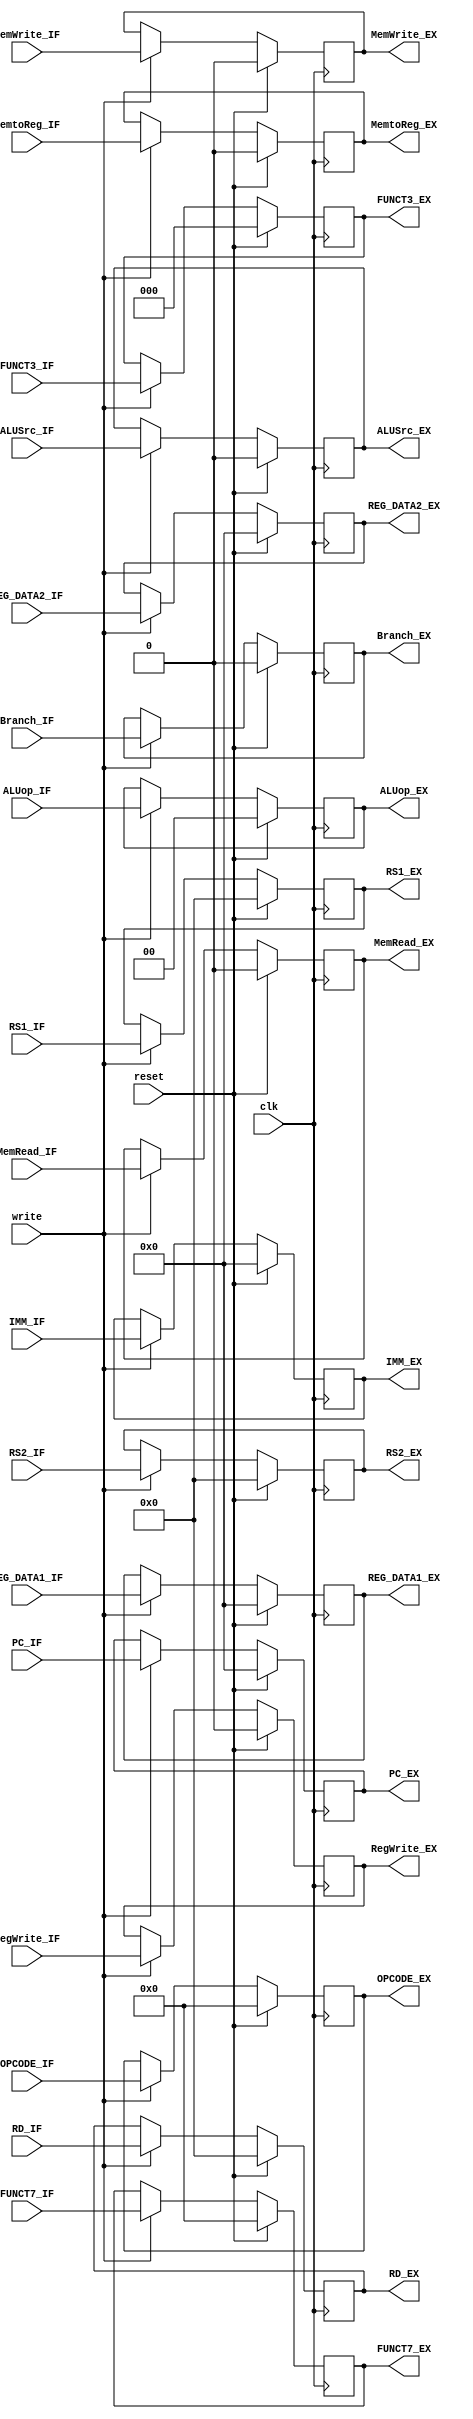
`timescale 1ns / 1ps

/// SECOND STAGE OF THE PIPELINE ID->EX

module STAGE_2_ID_EX #(
    parameter WIDTH = 32,
    parameter LEN_REG = 5,
    parameter LEN_OP = 2
)(
    input clk,
    input reset,
    input write, // Write enable signal == 1

    // Inputs from IF stage
    input [WIDTH-1:0] IMM_IF,
    input [WIDTH-1:0] REG_DATA1_IF,
    input [WIDTH-1:0] REG_DATA2_IF,
    input [WIDTH-1:0] PC_IF,
    input [2:0] FUNCT3_IF,
    input [6:0] FUNCT7_IF,
    input [6:0] OPCODE_IF,
    input [LEN_REG-1:0] RD_IF,
    input [LEN_REG-1:0] RS1_IF,
    input [LEN_REG-1:0] RS2_IF,

    // Control signals from IF stage
    input RegWrite_IF,
    input MemtoReg_IF,
    input MemRead_IF,
    input MemWrite_IF,
    input [1:0] ALUop_IF,
    input ALUSrc_IF,
    input Branch_IF,

    // Outputs to EX stage
    output reg [WIDTH-1:0] IMM_EX,
    output reg [WIDTH-1:0] REG_DATA1_EX,
    output reg [WIDTH-1:0] REG_DATA2_EX,
    output reg [WIDTH-1:0] PC_EX,
    output reg [2:0] FUNCT3_EX,
    output reg [6:0] FUNCT7_EX,
    output reg [6:0] OPCODE_EX,
    output reg [LEN_REG-1:0] RD_EX,
    output reg [LEN_REG-1:0] RS1_EX,
    output reg [LEN_REG-1:0] RS2_EX,

    // Control signals to EX stage
    output reg RegWrite_EX,
    output reg MemtoReg_EX,
    output reg MemRead_EX,
    output reg MemWrite_EX,
    output reg [1:0] ALUop_EX,
    output reg ALUSrc_EX,
    output reg Branch_EX
);

    always @(posedge clk) begin
        if (reset) begin
            // On reset, all outputs are set to default values
            IMM_EX <= 32'b0;
            REG_DATA1_EX <= 32'b0;
            REG_DATA2_EX <= 32'b0;
            PC_EX <= 32'b0;
            FUNCT3_EX <= 3'b000;
            FUNCT7_EX <= 7'b0000000;
            OPCODE_EX <= 7'b0000000;
            RD_EX <= 5'b00000;
            RS1_EX <= 5'b00000;
            RS2_EX <= 5'b00000;

            // Reset control signals
            RegWrite_EX <= 1'b0;
            MemtoReg_EX <= 1'b0;
            MemRead_EX <= 1'b0;
            MemWrite_EX <= 1'b0;
            ALUop_EX <= 2'b00;
            ALUSrc_EX <= 1'b0;
            Branch_EX <= 1'b0;
        end else if (write) begin
            // Transfer signals from IF to EX stage
            IMM_EX <= IMM_IF;
            REG_DATA1_EX <= REG_DATA1_IF;
            REG_DATA2_EX <= REG_DATA2_IF;
            PC_EX <= PC_IF;
            FUNCT3_EX <= FUNCT3_IF;
            FUNCT7_EX <= FUNCT7_IF;
            OPCODE_EX <= OPCODE_IF;
            RD_EX <= RD_IF;
            RS1_EX <= RS1_IF;
            RS2_EX <= RS2_IF;

            // Transfer control signals
            RegWrite_EX <= RegWrite_IF;
            MemtoReg_EX <= MemtoReg_IF;
            MemRead_EX <= MemRead_IF;
            MemWrite_EX <= MemWrite_IF;
            ALUop_EX <= ALUop_IF;
            ALUSrc_EX <= ALUSrc_IF;
            Branch_EX <= Branch_IF;
        end
    end

endmodule